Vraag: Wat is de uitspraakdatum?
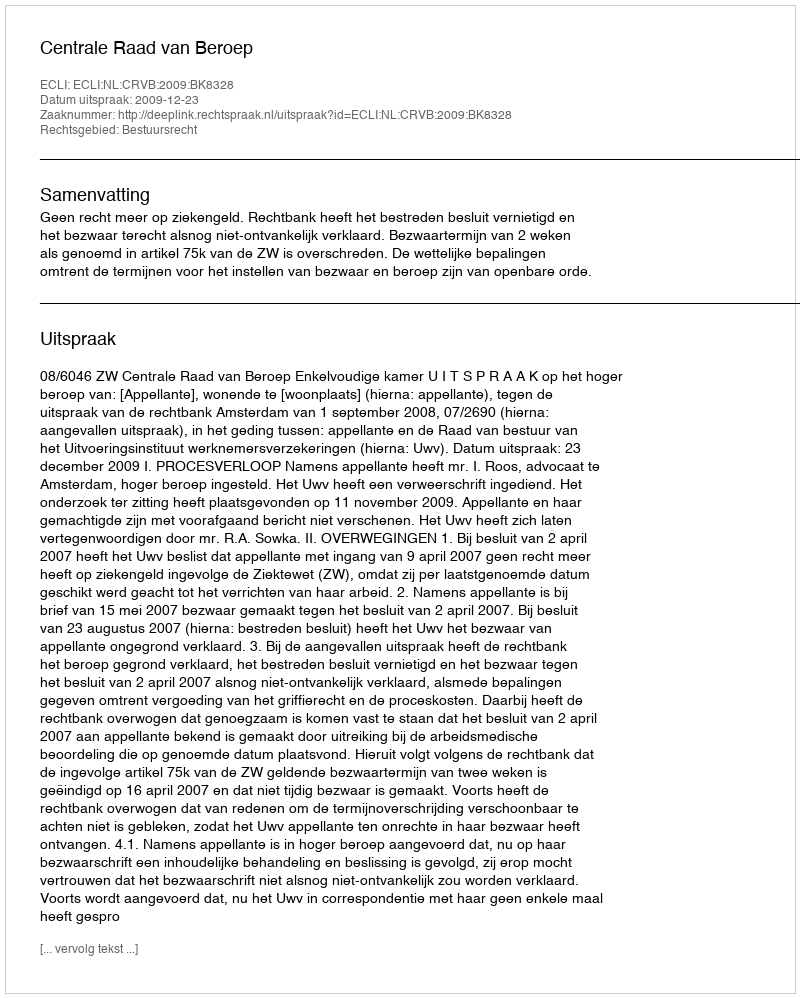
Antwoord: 2009-12-23